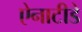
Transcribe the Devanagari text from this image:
ऐनाटीडे